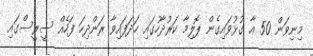
މިނިވަން 50 އާ ގުޅުވައިގެން ޕޮލިމާ ކަރުދާހުގައި ހަދަފައިވާ ރަންދިހަ ފަހެއް ސީރީސްގައި